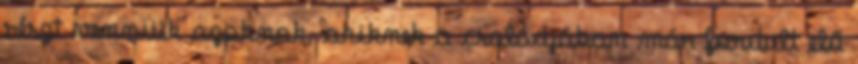
részt venniük azoknak, akiknek a családjában már fordult elő